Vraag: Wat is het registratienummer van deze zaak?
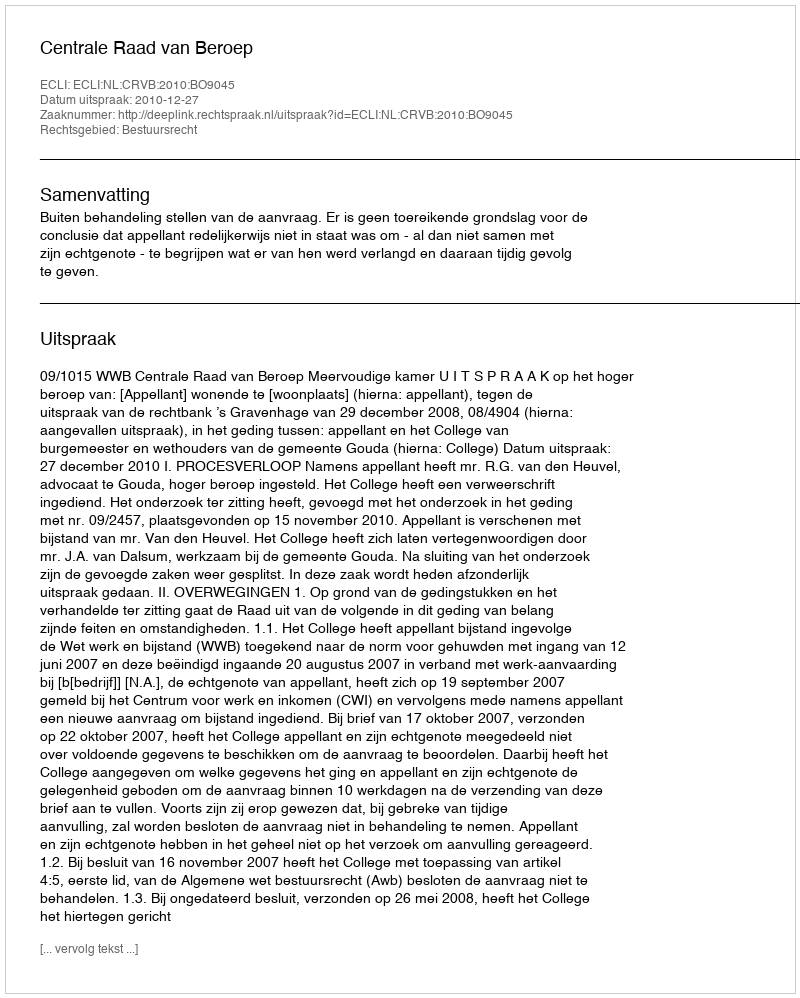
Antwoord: http://deeplink.rechtspraak.nl/uitspraak?id=ECLI:NL:CRVB:2010:BO9045